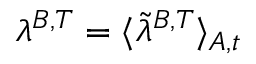
\lambda ^ { B , T } = \langle \tilde { \lambda } ^ { B , T } \rangle _ { A , t }